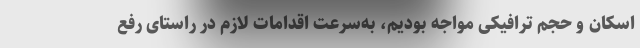
اسکان و حجم ترافیکی مواجه بودیم، به‌سرعت اقدامات لازم در راستای رفع